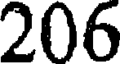
206